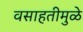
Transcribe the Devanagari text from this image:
वसाहतीमुळे